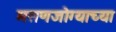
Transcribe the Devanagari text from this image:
मसणजोग्याच्या